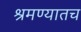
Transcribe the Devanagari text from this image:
श्रमण्यातच